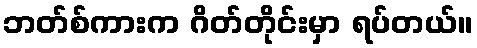
ဘတ်စ်ကားက ဂိတ်တိုင်းမှာ ရပ်တယ်။